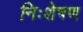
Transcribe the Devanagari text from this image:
निःशेषण